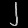
Digit: ၂